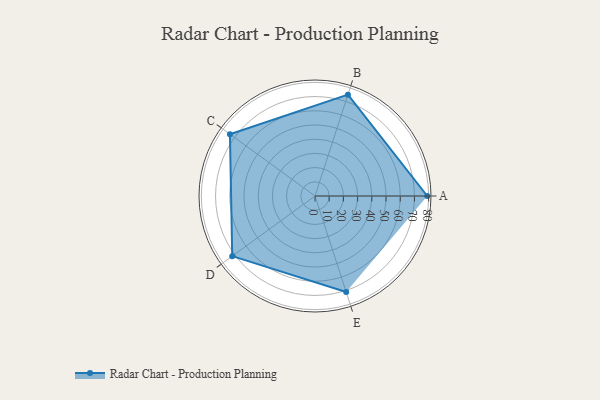
{"axis": {"x": "Skill", "y": "Score"}, "legend": ["Profile"], "data": [{"x": "A", "y": 79.0, "type": "Profile"}, {"x": "B", "y": 75.0, "type": "Profile"}, {"x": "C", "y": 74.0, "type": "Profile"}, {"x": "D", "y": 72.0, "type": "Profile"}, {"x": "E", "y": 71.0, "type": "Profile"}]}